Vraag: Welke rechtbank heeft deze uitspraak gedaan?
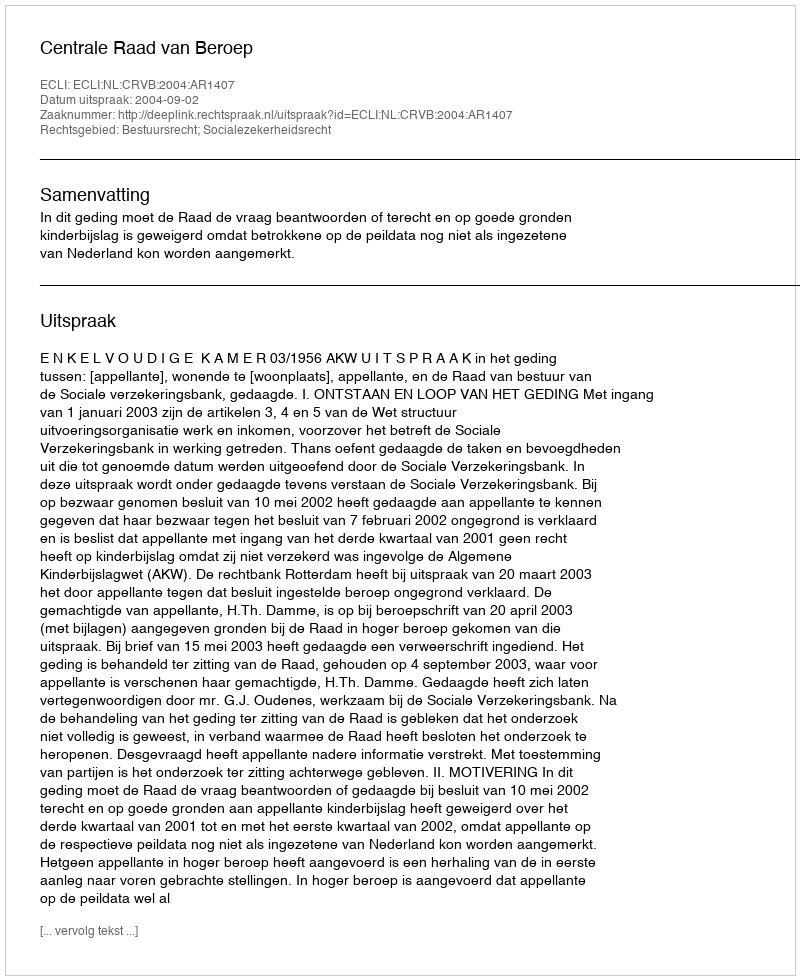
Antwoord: Centrale Raad van Beroep